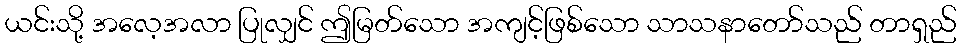
ယင်းသို့ အလေ့အလာ ပြုလျှင် ဤမြတ်သော အကျင့်ဖြစ်သော သာသနာတော်သည် တာရှည်